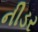
નીડર